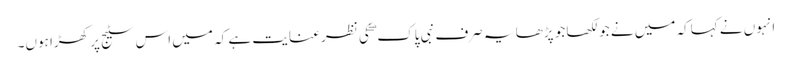
انہوں نے کہاکہ میں نے جو لکھا جو پڑھا یہ صرف نبی پاک ۖ کی نظر عنایت ہے کہ میں اس سٹیج پر کھڑا ہوں۔